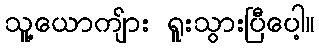
သူ့ယောကျ်ား ရူးသွားပြီပေါ့။